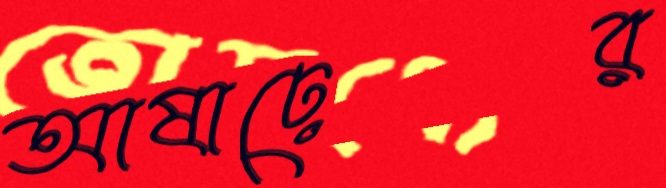
আষাঢ়ের